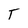
Character: T